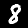
Label: 8